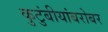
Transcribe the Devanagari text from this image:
कुटुंबीयांबरोबर